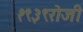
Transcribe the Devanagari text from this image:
१९३९रोजी